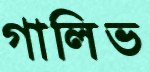
গালিভ